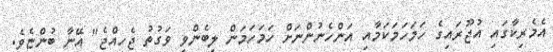
އެމެރިކާގައި އުޖޫރައިގެ ހަމަހަމަކަމާއި އަންހެނުންނަށް ހަމަހަމަން ލިބެންވީ ވަގުތު ޖެހިއްޖެ" އޭނާ ބުންޏެވެ.